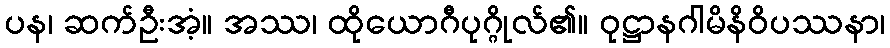
ပန၊ ဆက်ဦးအံ့။ အဿ၊ ထိုယောဂီပုဂ္ဂိုလ်၏။ ဝုဋ္ဌာနဂါမိနိဝိပဿနာ၊